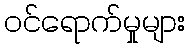
ဝင်ရောက်မှုများ